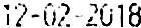
12-02-2018